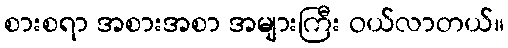
စားစရာ အစားအစာ အများကြီး ဝယ်လာတယ်။